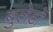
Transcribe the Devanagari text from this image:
बुलेटों